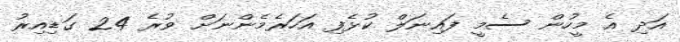
އަދި އެ މީހުން ސެމީ ފައިނަލް ކުޅެފި އަހަރެމެންނަށް ވުރެ 24 ގަޑިއިރު